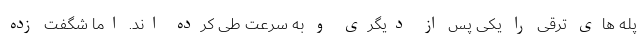
پله های ترقی را یکی پس از دیگری و به سرعت طی کرده اند. اما شگفت زده